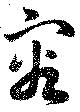
容